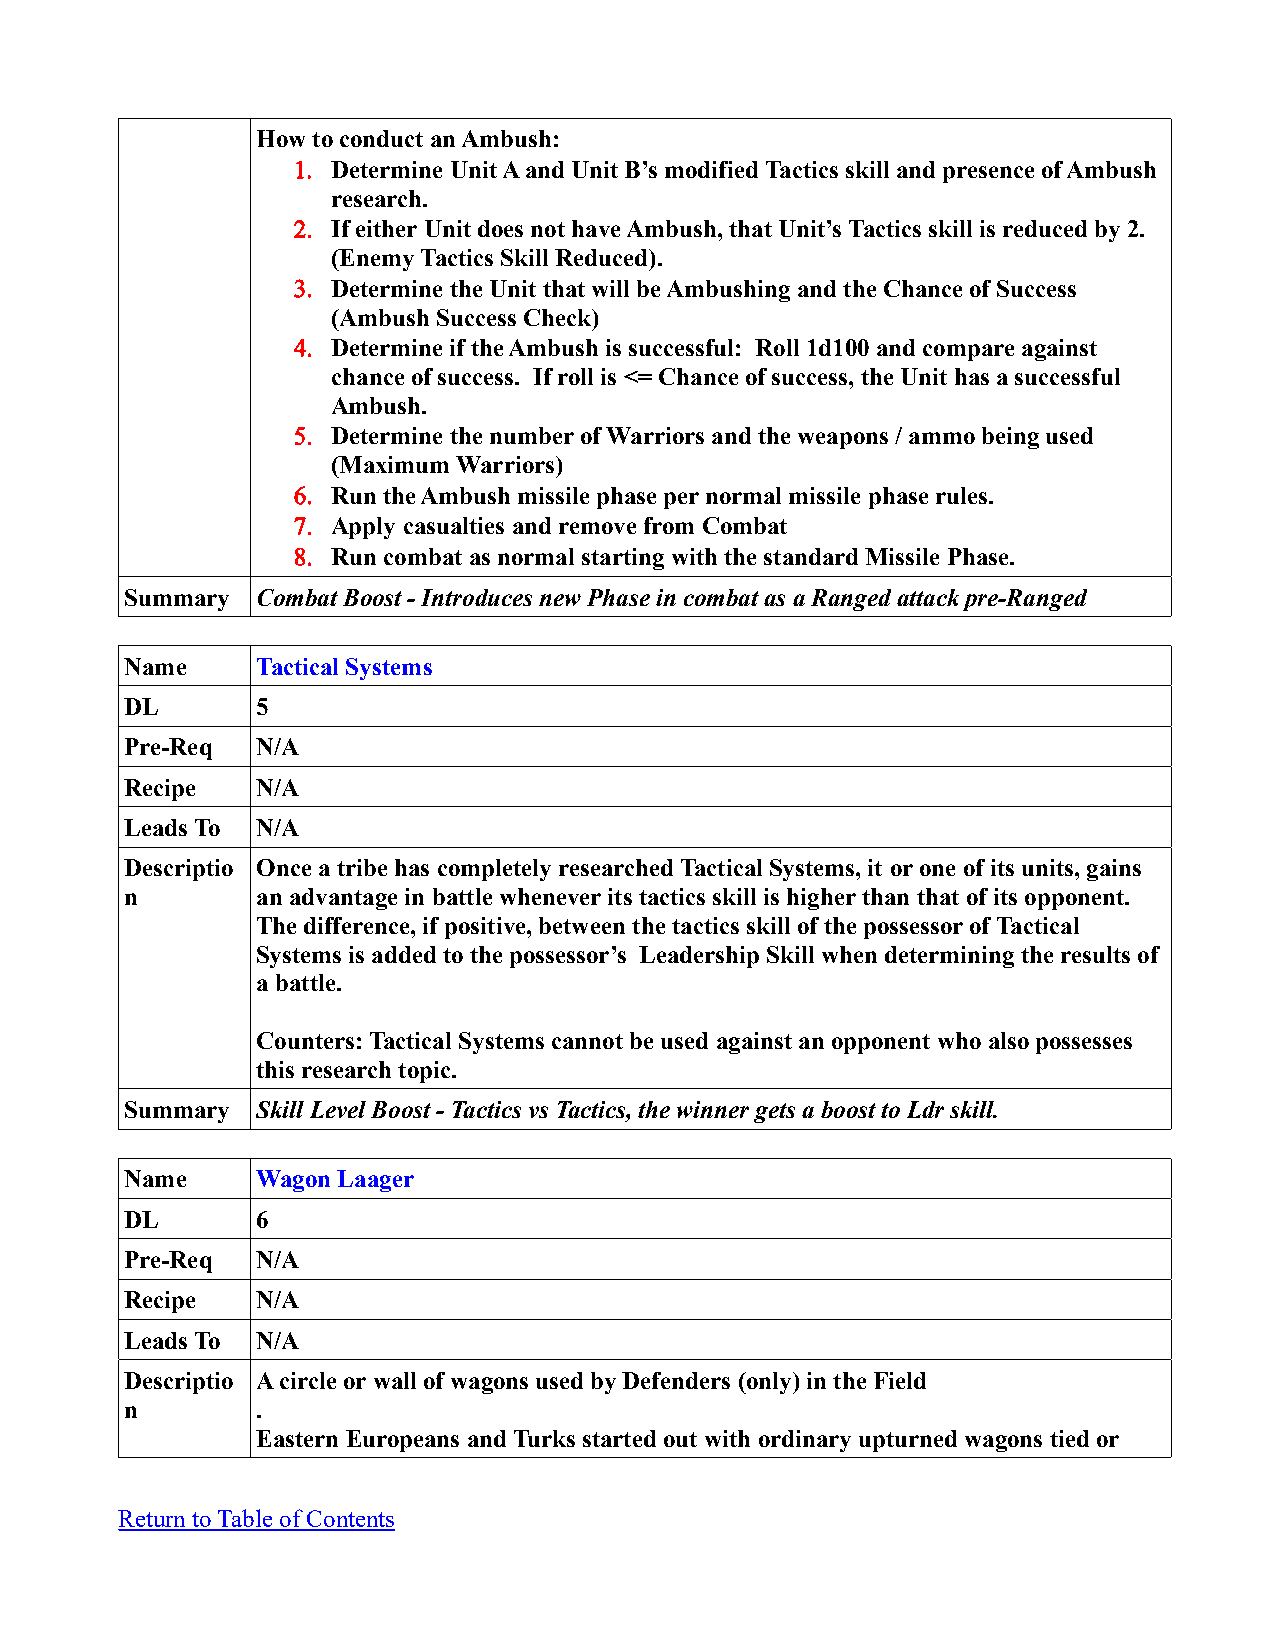
How to conduct an Ambush:
 1. Determine Unit A and Unit B’s modified Tactics skill and presence of Ambush
 research.
 2. If either Unit does not have Ambush, that Unit’s Tactics skill is reduced by 2.
 (Enemy Tactics Skill Reduced).
 3. Determine the Unit that will be Ambushing and the Chance of Success
 (Ambush Success Check)
 4. Determine if the Ambush is successful: Roll 1d100 and compare against
 chance of success. If roll is <= Chance of success, the Unit has a successful
 Ambush.
 5. Determine the number of Warriors and the weapons / ammo being used
 (Maximum Warriors)
 6. Run the Ambush missile phase per normal missile phase rules.
 7. Apply casualties and remove from Combat
 8. Run combat as normal starting with the standard Missile Phase.
 Summary  Combat Boost - Introduces new Phase in combat as a Ranged attack pre-Ranged
 Name     Tactical Systems
 DL       5
 Pre-Req  N/A
 Recipe   N/A
 Leads To N/A
 Descriptio Once a tribe has completely researched Tactical Systems, it or one of its units, gains
 n        an advantage in battle whenever its tactics skill is higher than that of its opponent.
 The difference, if positive, between the tactics skill of the possessor of Tactical
 Systems is added to the possessor’s Leadership Skill when determining the results of
 a battle.
 Counters: Tactical Systems cannot be used against an opponent who also possesses
 this research topic.
 Summary  Skill Level Boost - Tactics vs Tactics, the winner gets a boost to Ldr skill.
 Name     Wagon Laager
 DL       6
 Pre-Req  N/A
 Recipe   N/A
 Leads To N/A
 Descriptio A circle or wall of wagons used by Defenders (only) in the Field
 n        .
 Eastern Europeans and Turks started out with ordinary upturned wagons tied or
 Return to Table of Contents